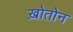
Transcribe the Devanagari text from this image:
ख़ोतोन